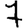
Digit: 7